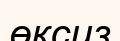
өксиз